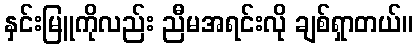
နှင်းမြူကိုလည်း ညီမအရင်းလို ချစ်ရှာတယ်။